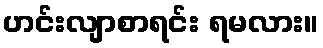
ဟင်းလျာစာရင်း ရမလား။